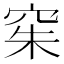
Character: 𫁍